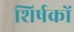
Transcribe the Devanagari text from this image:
शिर्षकों